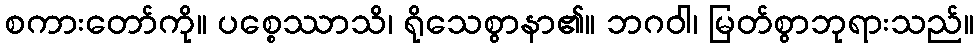
စကားတော်ကို။ ပစ္စေဿာသိ၊ ရိုသေစွာနာ၏။ ဘဂဝါ၊ မြတ်စွာဘုရားသည်။